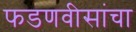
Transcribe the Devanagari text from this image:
फडणवीसांचा